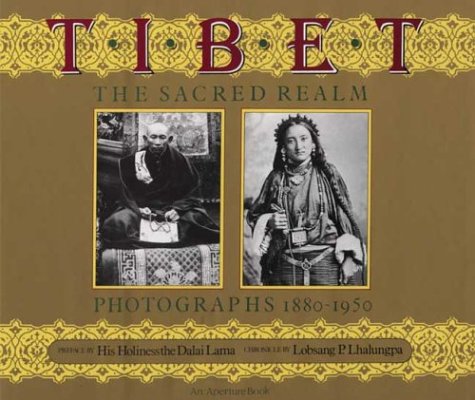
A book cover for Tibet: The Sacred Realm, Photographs 1880-1950; Lobsang P. Lhalungpa; Travel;